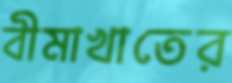
বীমাখাতের